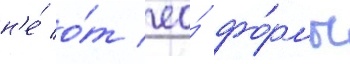
н'е́ о́т ео́ фо́рмы